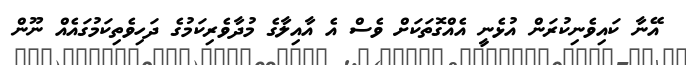
އޭނާ ކައިވެނިކުރަން އުޅެނީ އެއްގޮތަކަށް ވެސް އެ އާއިލާގެ މުދާވެރިކަމުގެ ދަހިވެތިކަމުގައެއް ނޫން